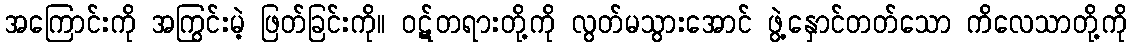
အကြောင်းကို အကြွင်းမဲ့ ဖြတ်ခြင်းကို။ ဝဋ်တရားတို့ကို လွတ်မသွားအောင် ဖွဲ့နှောင်တတ်သော ကိလေသာတို့ကို